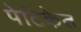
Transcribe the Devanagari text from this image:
पेटिकेत